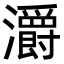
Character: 灂